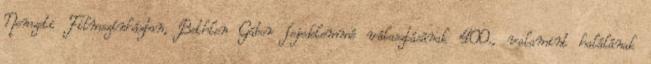
Nemzeti Filmszínházban, Bethlen Gábor fejedelemmé választásának 400., valamint halálának